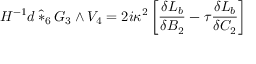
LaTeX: H ^ { - 1 } d \, \hat { * } _ { 6 } \, G _ { 3 } \wedge V _ { 4 } = 2 i \kappa ^ { 2 } \left[ \frac { \delta { \cal { L } } _ { b } } { \delta B _ { 2 } } - \tau \frac { \delta { \cal { L } } _ { b } } { \delta C _ { 2 } } \right]